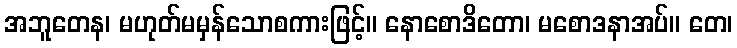
အဘူတေန၊ မဟုတ်မမှန်သောစကားဖြင့်။ နောစောဒိတော၊ မစောဒနာအပ်။ တေ၊